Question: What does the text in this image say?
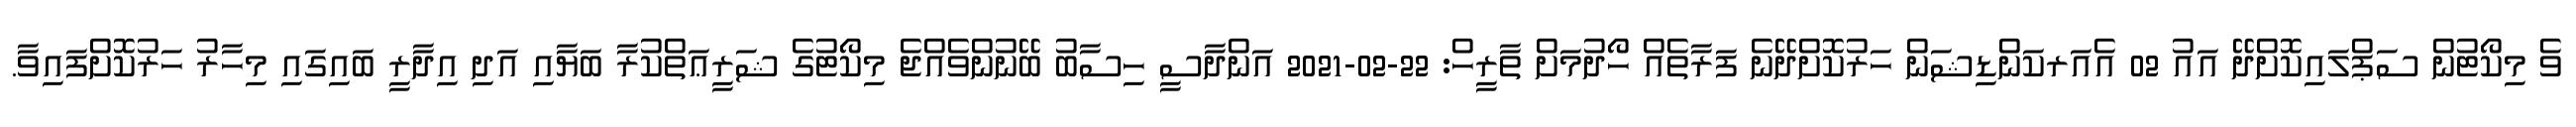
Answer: ވެ މިކޯޓުން ސަޕްލައިކޮށްދޭ އައު 02 އެއަރކަންޑިޝަން ހަރުކޮށްދޭނެ ފަރާތެއް ހޯދުމަށް ތާރީހް: 22-02-2021 އަންދާސީ ހިސާބު ބޭނުންވެއްޖެ މިކޯޓުގެ ޝަރީޢަތްކުރާ ބަޔާއި އަދި އިދާރީ ބައިގައި މިހާރު ހަރުކޮށްފައިވާ.